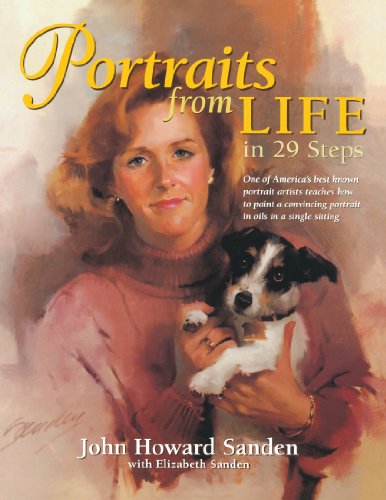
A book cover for Portraits from Life in 29 Steps; John Sanden; Arts & Photography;